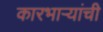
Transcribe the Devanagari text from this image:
कारभार्‍यांची